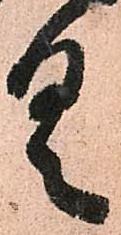
具